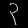
Digit: ၃